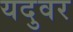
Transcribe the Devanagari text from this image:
यदुवर